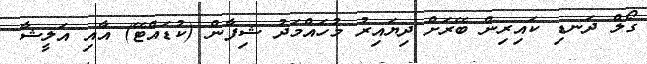
ގޯލް ދަނޑި ކައިރިން ބޭރަށް ދިޔައިރު މުހައްމަދު ޝިފާން (ކުޑައްޓޭ) އާއި އަލީޝާ